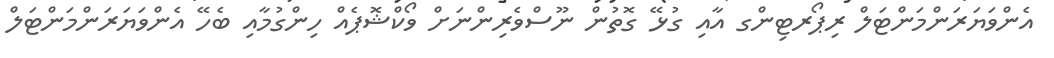
އެންވަޔަރަންމަންޓަލް ރިޕޯރޓިންގ އާއި ގުޅޭ ގޮތުން ނޫސްވެރިންނަށް ވޯކްޝޮޕެއް ހިންގުމާއި ބެހޭ އެންވަޔަރަންމަންޓަލް